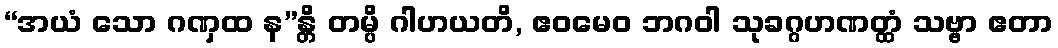
“အယံ သော ဂဏှထ န”န္တိ တမ္ပိ ဂါဟယတိ, ဧဝမေဝ ဘဂဝါ သုခဂ္ဂဟဏတ္ထံ သဗ္ဗာ ဧတာ